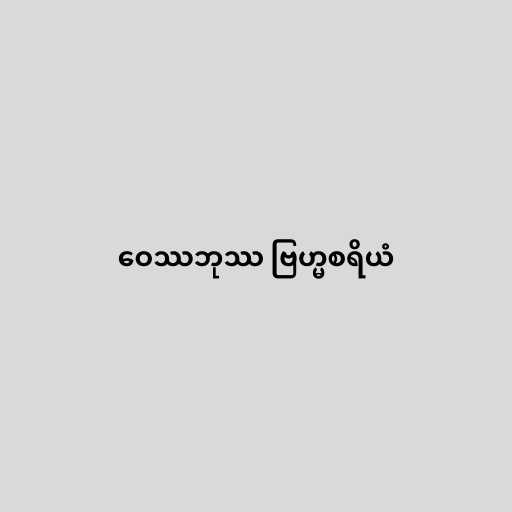
ဝေဿဘုဿ ဗြဟ္မစရိယံ